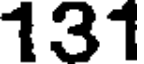
131